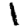
Digit: 1